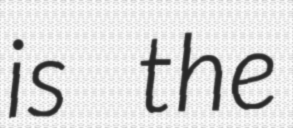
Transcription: is the